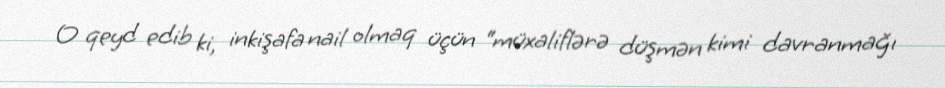
O qeyd edib ki, inkişafa nail olmaq üçün “müxaliflərə düşmən kimi davranmağı